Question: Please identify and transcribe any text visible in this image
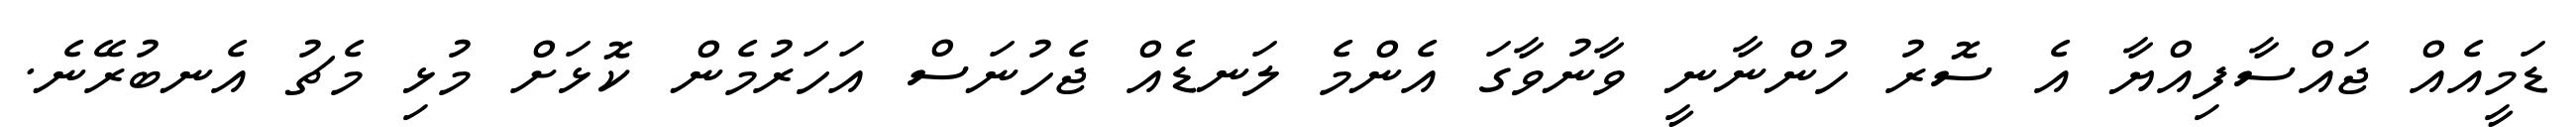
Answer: ޑަމީއެއް ޖައްސާފިއްޔާ އެ ސޮރު ހުންނާނީ ވާނުވާގަ އެންމެ ލަނޑެއް ޖެހުނަސް އަހަރުމެން ކޮޅަށް މުޅި މެޗު އެނބުރޭނެ.